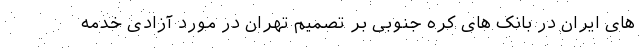
های ایران در بانک های کره جنوبی بر تصمیم تهران در مورد آزادی خدمه